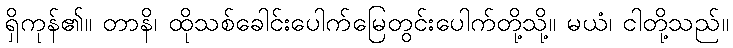
ရှိကုန်၏။ တာနိ၊ ထိုသစ်ခေါင်းပေါက်မြေတွင်းပေါက်တို့သို့။ မယံ၊ ငါတို့သည်။